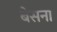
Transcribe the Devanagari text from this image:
बेसना